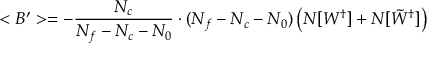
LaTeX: < B ^ { \prime } > = - \frac { N _ { c } } { N _ { f } - N _ { c } - N _ { 0 } } \cdot ( N _ { f } - N _ { c } - N _ { 0 } ) \left( N [ W ^ { \dagger } ] + N [ \tilde { W } ^ { \dagger } ] \right)